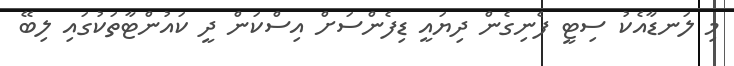
މި ލަނޑާއެކު ސިޓީ ފެނިގެން ދިޔައީ ޑިފެންސަށް އިސްކަން ދީ ކައުންޓާތަކުގައި ލިބޭ